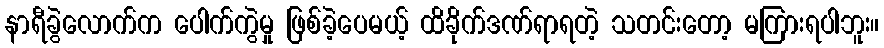
နာရီခွဲလောက်က ပေါက်ကွဲမှု ဖြစ်ခဲ့ပေမယ့် ထိခိုက်ဒဏ်ရာရတဲ့ သတင်းတော့ မကြားရပါဘူး။